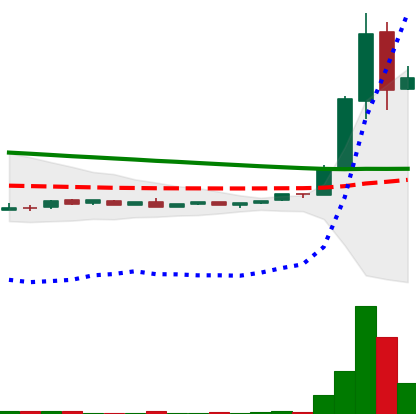
Ticker: DOGE-USD
Chart end date: 2018-09-03
Forward return: 8.09%
Label: up_7plus